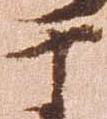
于